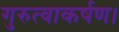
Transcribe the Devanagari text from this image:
गुरुत्वाकर्षण।